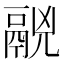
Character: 𩰷